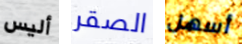
أليس الصقر أسهل